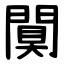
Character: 闃